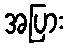
အပြား